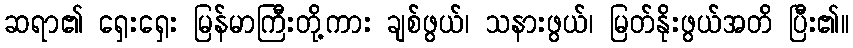
ဆရာ၏ ရှေးရှေး မြန်မာကြီးတို့ကား ချစ်ဖွယ်၊ သနားဖွယ်၊ မြတ်နိုးဖွယ်အတိ ပြီး၏။